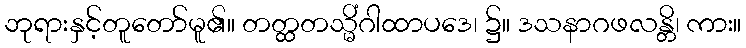
ဘုရားနှင့်တူတော်မူ၏။ တတ္ထတသ္မိံဂါထာပဒေ၊ ၌။ ဒသနာဂဖလန္တိ၊ ကား။